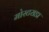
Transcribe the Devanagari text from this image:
मोस्टराडा